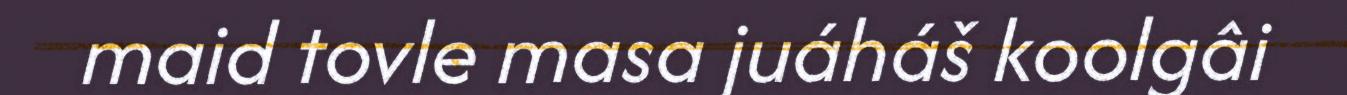
maid tovle masa juáháš koolgâi